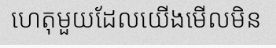
ហេតុមួយដែលយើងមើលមិន